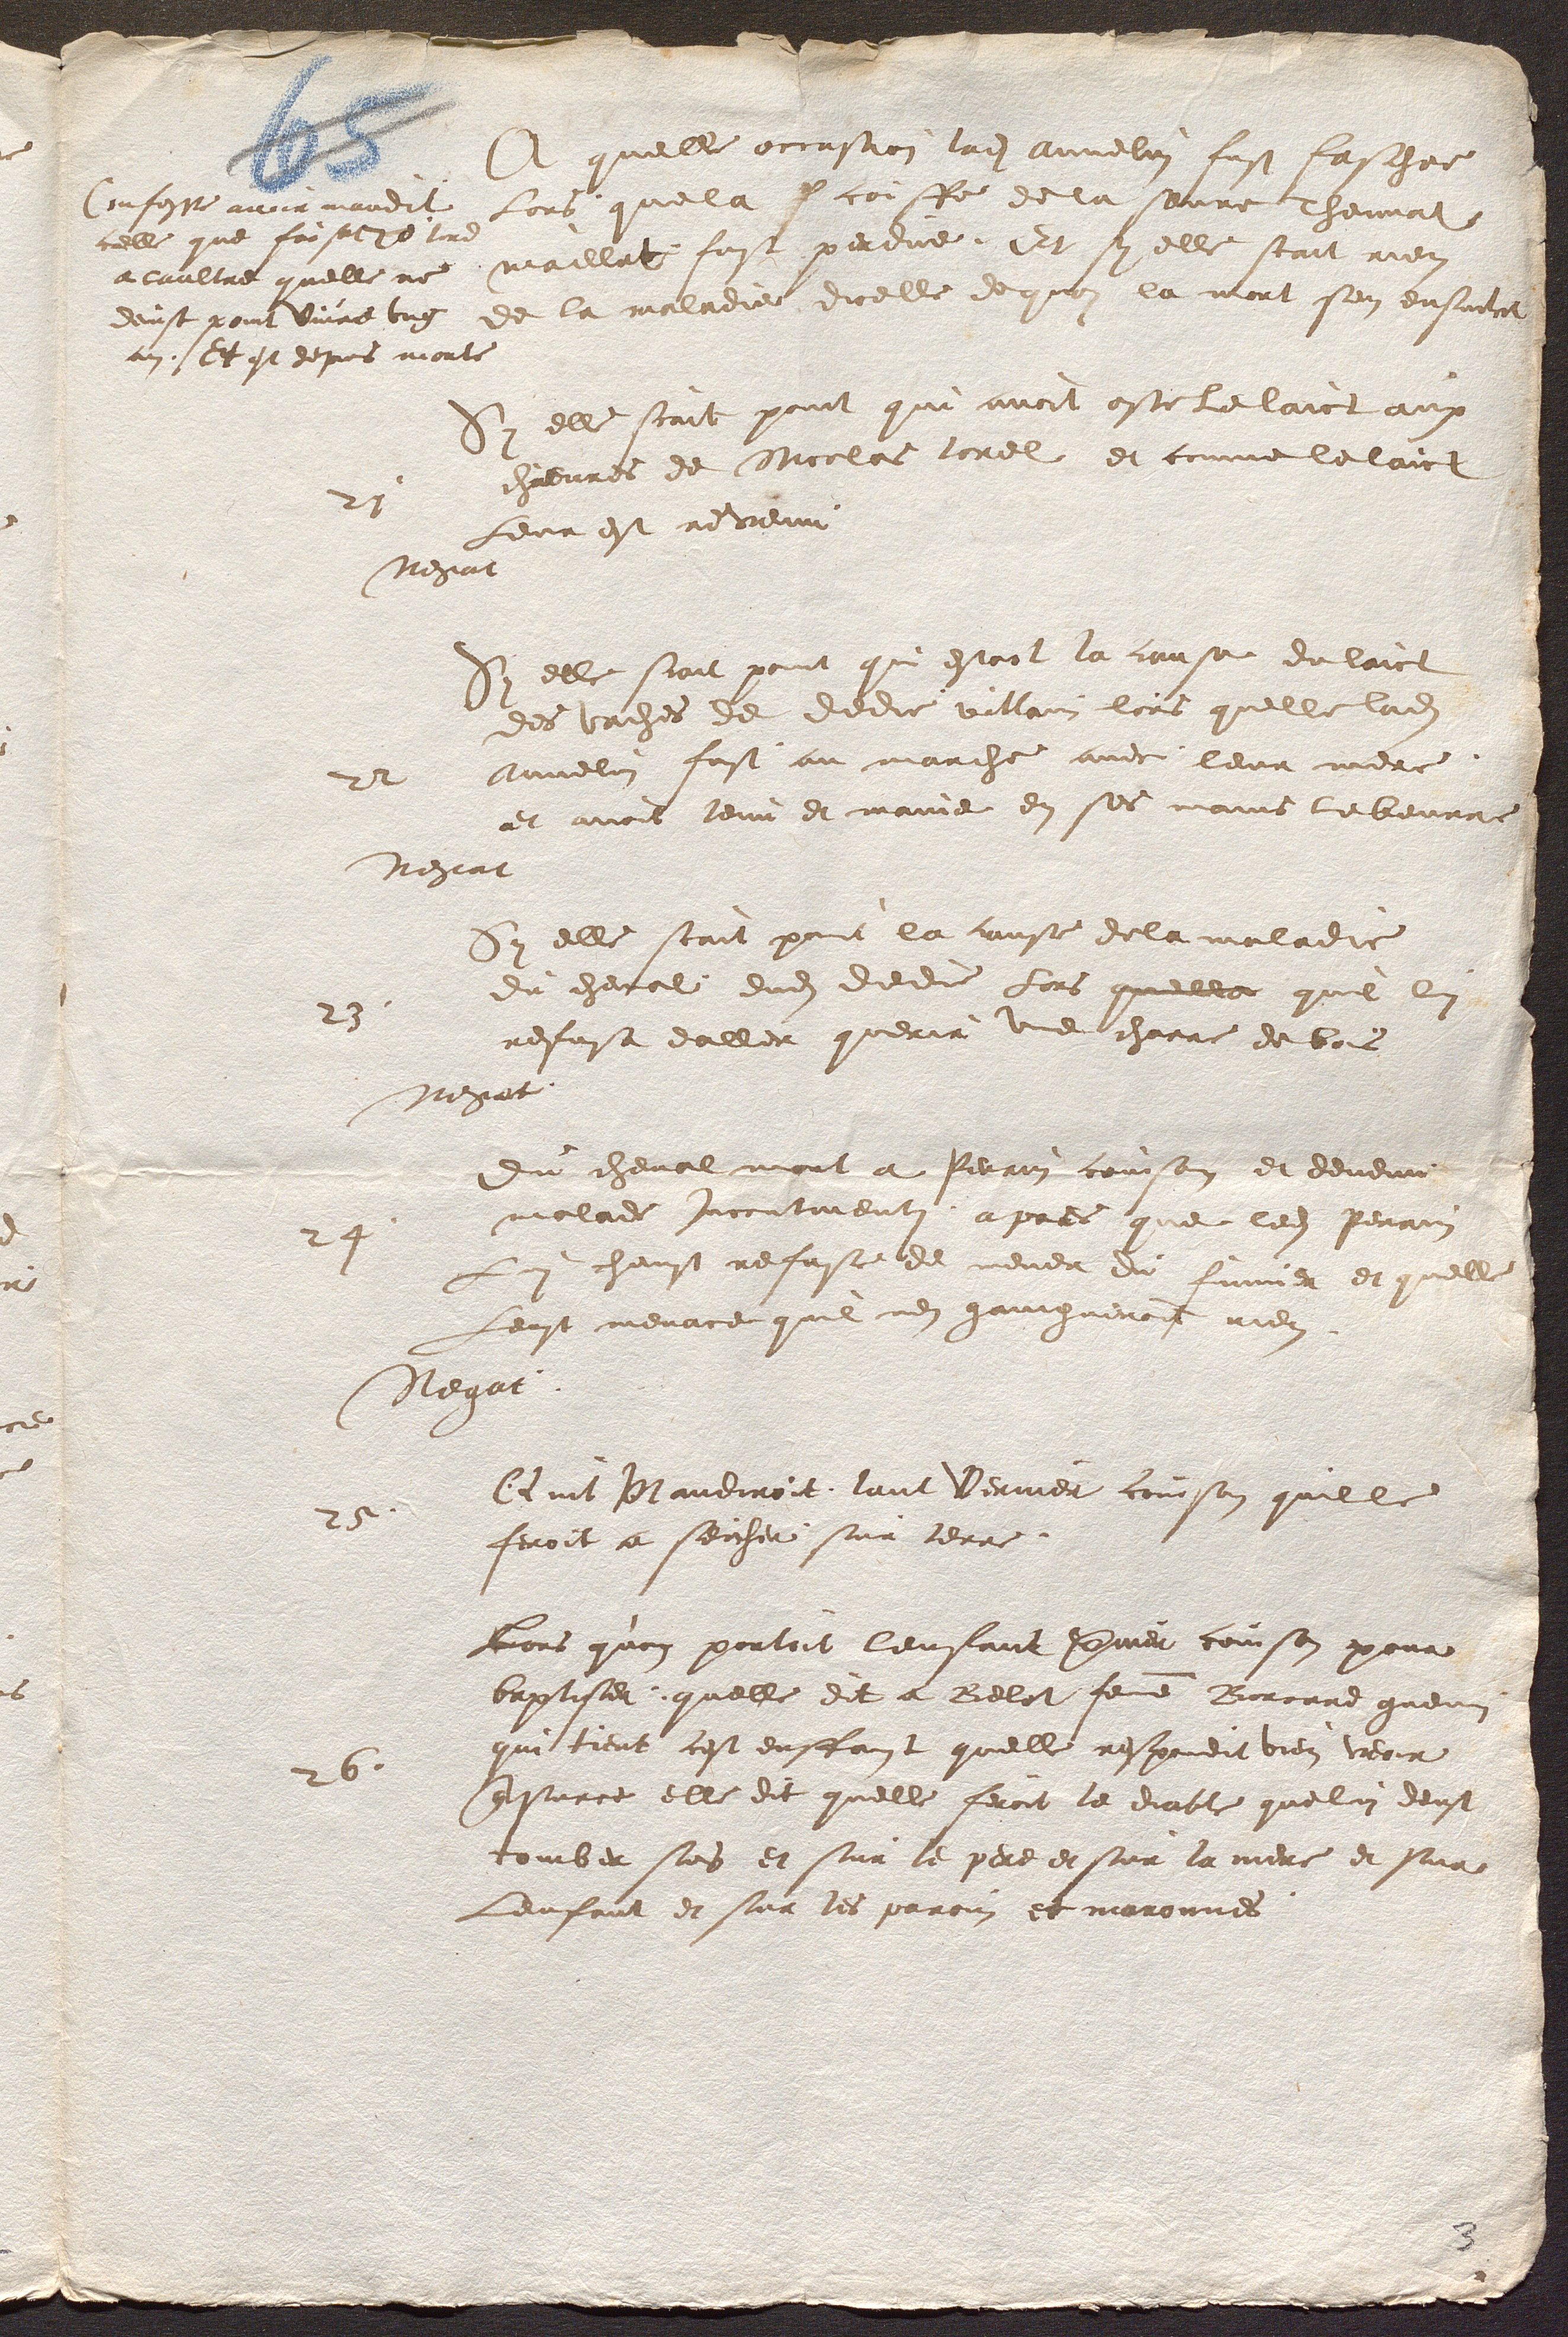
A quelle occasion ladite Annelin fust faschee
lors quela f coiffe de la seure Thevnat
Confesse avoir maudit
celle que faisoit 20 tord
maillat fust perdue, Et sy elle scait rien
a laultre quelle ne
de la maladie dicelle dequoi la mort sen ensuivit
deust point vivre ung
an. Et est depuis morte
Sy elle scait point qui avoit oste Le laict aux
chievres de Nicolas torel et comme le laict
21
Leur est revenu.
Negat
Sy elle scait point qui estoit la cause du laict
des vaches de dedie villain lors quelle ladite
Annelin fust au marche avec leur mere,
22
et avoit tenu et manie en ses mains lebeurre
Negat
Sy elle scait point la cause dela maladie
du cheval dudit dedie Lors quelle quil lui
23
refusa daller querir une charre de bois
Negat
Du cheval mort a Perrin coinson et devenu
malade incontinenti apres que ledit Perrin
24
Lui heust refuse de mener du fumier et quelle
Leust menace quil nen gaingneroit rien.
Negat
Quil Maudiroit tant Vernier coinson quille
25
feroit a seicher sur terre.
Lors quon portoit lenfant vernier coinson pour
baptiser, quelle dit a Belet femme Borcard guenin
qui tient cest enffant quelle respondit bien veoir
26.
que surce elle dit quelle feroit le diable que lui deust
tomber sus et sur le pere et sur la mere et sur
Lenfant et sur les parain et maronnes.